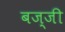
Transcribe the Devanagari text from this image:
बज्जी